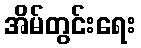
အိမ်တွင်းရေး